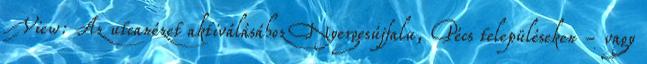
View: Az utcanézet aktiválásához Nyergesújfalu, Pécs településeken - vagy